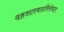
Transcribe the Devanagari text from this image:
दहशतवादविरोधात